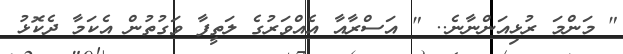
" މަންމަ ރުޅިއަންނާނެ.. " އަސްރާއާ އެއްވަރުގެ ލަތީފާ ވަގުތުން އެކަމާ ދެކޮޅު